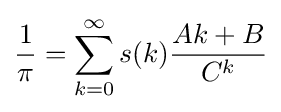
{\frac {1}{\pi }}=\sum _{k=0}^{\infty }s(k){\frac {Ak+B}{C^{k}}}